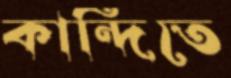
কান্দিতে